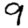
Digit: 9